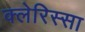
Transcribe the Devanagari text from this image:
क्लेरिस्सा